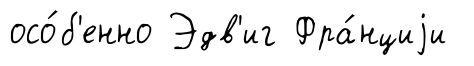
осо́б'енно Эдв'иг Фра́нциjи